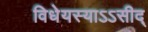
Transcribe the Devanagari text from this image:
विधेयस्याऽऽसीद्